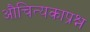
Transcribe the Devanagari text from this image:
औचित्यकाप्रश्न